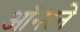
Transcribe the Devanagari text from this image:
ऑनरने